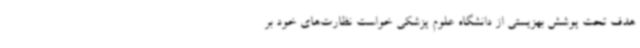
هدف تحت پوشش بهزیستی از دانشگاه علوم پزشکی خواست نظارت‌های خود بر